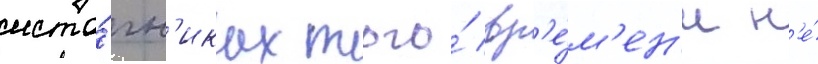
исто́чн'иках того́ вр'е́м'ен'и н'е́